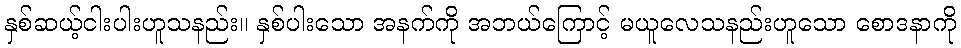
နှစ်ဆယ့်ငါးပါးဟူသနည်း။ နှစ်ပါးသော အနက်ကို အဘယ်ကြောင့် မယူလေသနည်းဟူသော စောဒနာကို